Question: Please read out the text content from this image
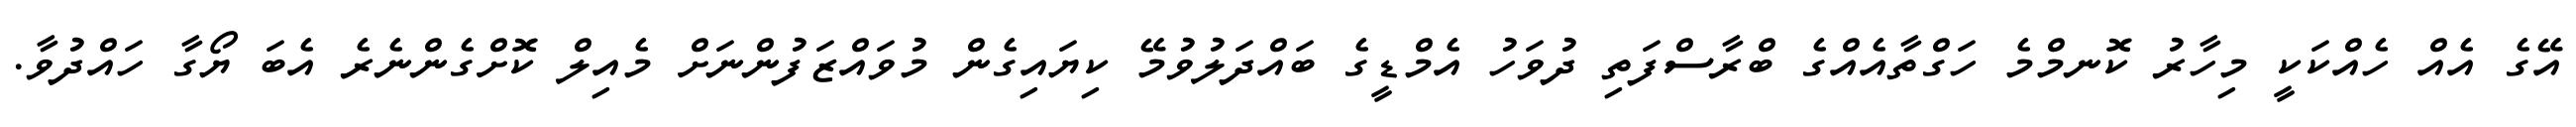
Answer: އޭގެ އެއް ހެއްކަކީ މިހާރު ކޮނމްމެ ހަގްތާއެއްގެ ބްރާސްފަތި ދުވަހު އެމްޑީގެ ބައްދަލުވުމޭ ކިޔައިގެން މުވައްޒަފުންނަށް މެއިލް ކޮށްގެންނެރެ އެބަ ޔޯގާ ހައްދުވާ.